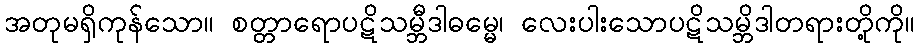
အတုမရှိကုန်သော။ စတ္တာရောပဋိသမ္ဘီဒါဓမ္မေ၊ လေးပါးသောပဋိသမ္ဘိဒါတရားတို့ကို။